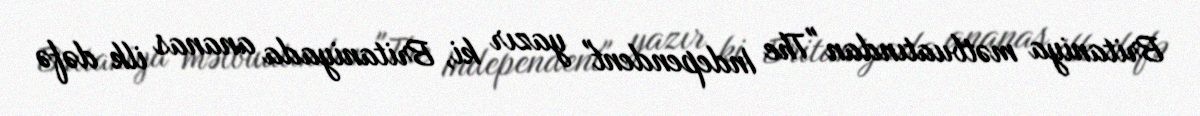
Britaniya mətbuatından "The Independent" yazır ki, Britaniyada ananas ilk dəfə